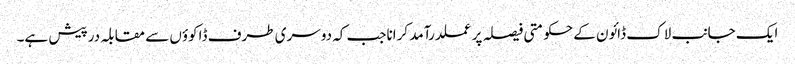
ایک جانب لاک ڈائون کے حکومتی فیصلہ پر عملدرآمد کراناجب کہ دوسری طرف ڈاکوؤں سے مقابلہ درپیش ہے۔